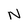
Character: N